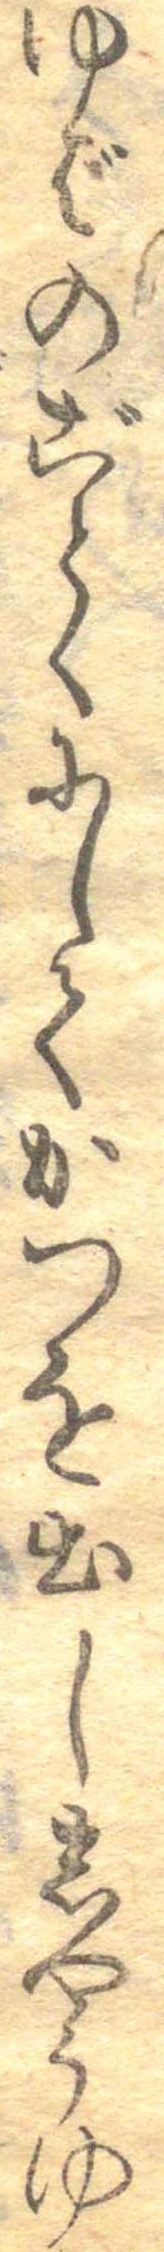
ゆばのごとくにしてかつを出ししやうゆ